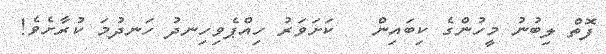
ފޮތް ލިބުނު މީހުންގެ ކިބައިން   ކަށަވަރު ހިއްޕެވިހިނދު ހަނދުމަ ކުރާށެވެ!